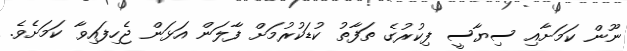
ނޫން ކަމަށާއި ސިޔާސީ ފިކުރުގެ ތަފާތު ކުޑަކުރުމަށް ފާލަން އަޅަން ޖެހިފައިވާ ކަމަށެވެ.